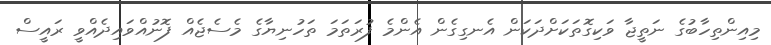
މިއިންތިހާބުގެ ނަތީޖާ ވަކިގޮތަކަށްދަކަން އެނގިގެން އެންމެ ފުރަތަމަ ތަހުނިޔާގެ މެސެޖެއް ފޮނުއްވައިދެއްވީ ރައީސް